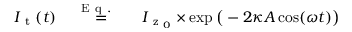
\begin{array} { r l r } { I _ { \mathrm { ~ t ~ } } ( t ) } & { { } \stackrel { \mathrm { ~ E ~ q ~ . ~ ~ ~ } } { = } } & { I _ { \mathrm { ~ z ~ } _ { 0 } } \times \exp \big ( - 2 \kappa A \cos ( \omega t ) \big ) } \end{array}